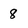
Character: 8